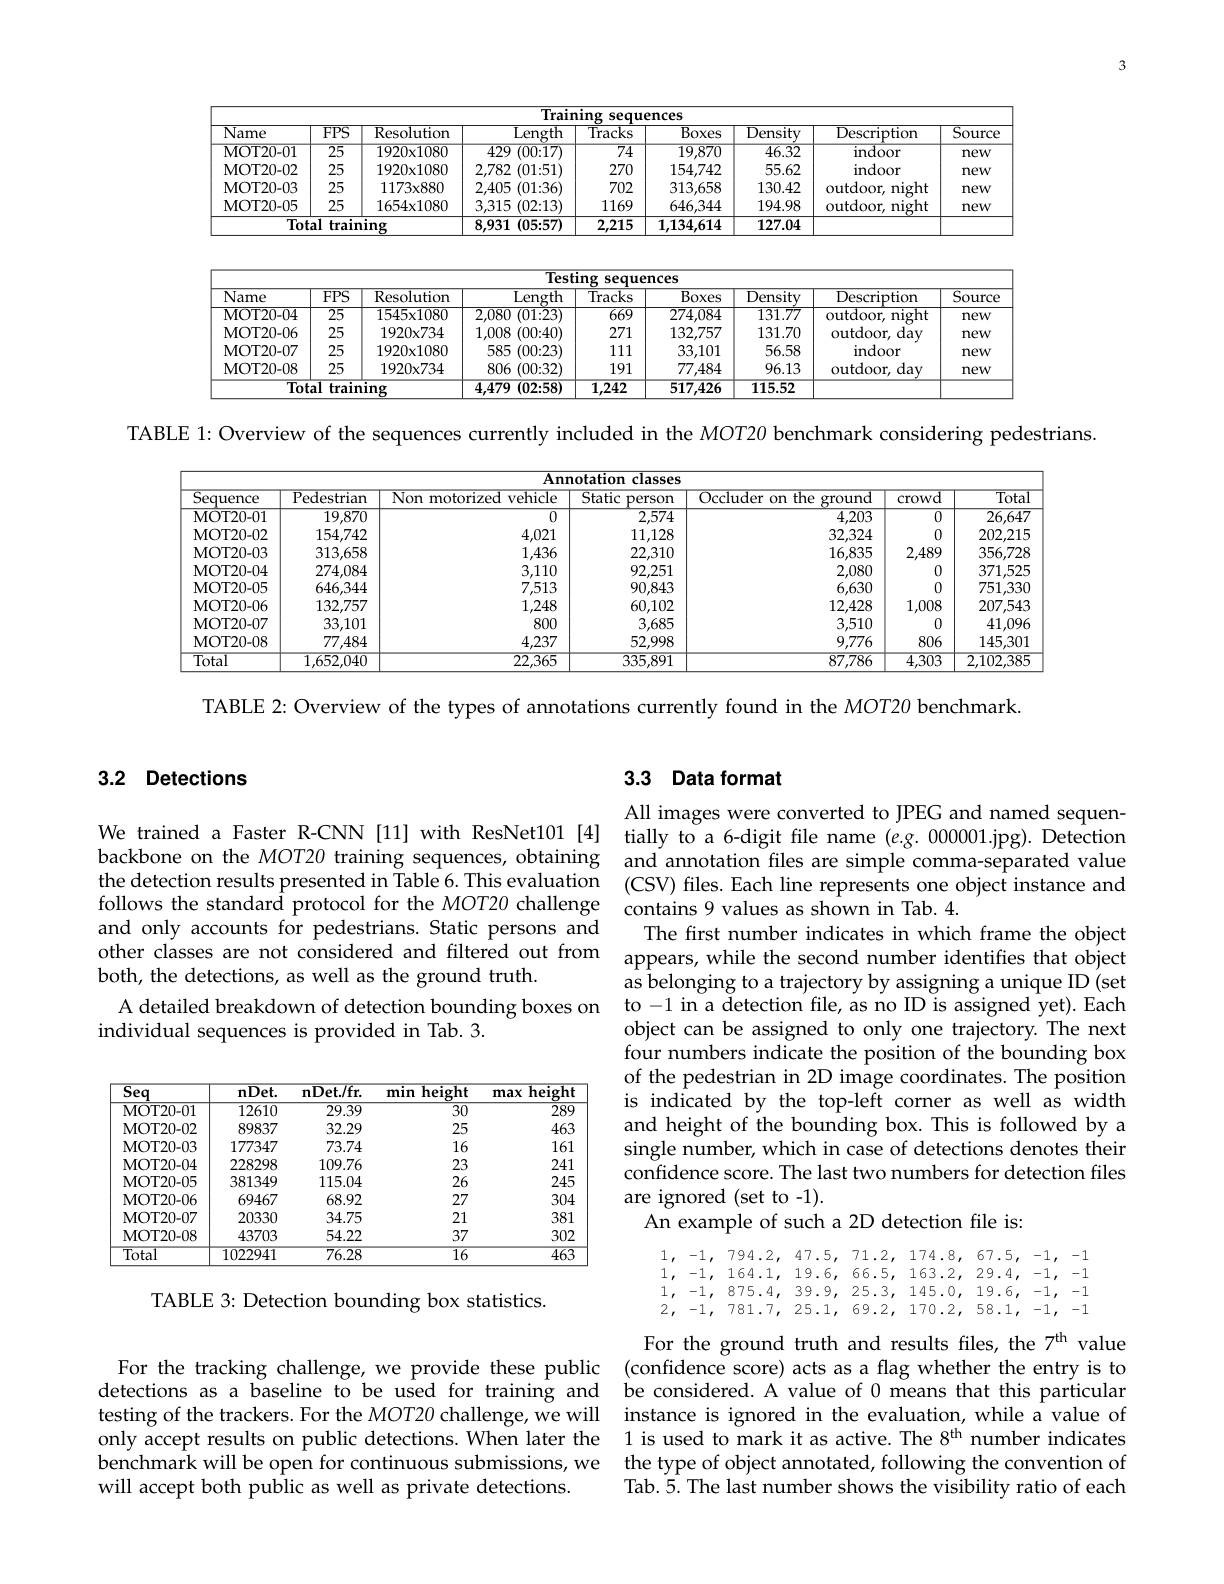
<table>
	<tbody>
		<tr>
			<th>$\overline{\text{Name}}$</th>
			<th>$\overline{FPS}$</th>
			<th>Resolution</th>
			<th>Length</th>
			<th>$\overline{\mathrm{Tracks}}$</th>
			<th>Boxes</th>
			<th>$\overline{\mathrm{Density}}$</th>
			<th>Description</th>
			<th>$\overline{{\mathrm{Source}}}$</th>
		</tr>
		<tr>
			<td>MOT20- 01</td>
			<td>$\overline{25}$</td>
			<td>$1920x1080$</td>
			<td>429 (00{:}17)</td>
			<td>$\overline{74}$</td>
			<td>19.870</td>
			<td>46.32</td>
			<td>$\overline{\mathrm{indoor}}$</td>
			<td>new</td>
		</tr>
		<tr>
			<td>MOT20- 02</td>
			<td>25</td>
			<td>$1920x1080$</td>
			<td>2,782 (01:51)</td>
			<td>270</td>
			<td>154,742</td>
			<td>55.62</td>
			<td>$\operatorname{indoor}$</td>
			<td>new</td>
		</tr>
		<tr>
			<td>MOT20- 03</td>
			<td>25</td>
			<td>$1173x880$</td>
			<td>2,405 (01:36)</td>
			<td>702</td>
			<td>313,658</td>
			<td>130.42</td>
			<td>outdoor, night</td>
			<td>new</td>
		</tr>
		<tr>
			<td>MOT20- 05</td>
			<td>25</td>
			<td>$1654x1080$</td>
			<td>3,315 (02{:}13)</td>
			<td>1169</td>
			<td>646,344</td>
			<td>194.98</td>
			<td>outdoor, night</td>
			<td>new</td>
		</tr>
		<tr>
			<td colspan="3">${\mathbf{l}}$ training Total</td>
			<td>8,931 (05:57)</td>
			<td>2,215</td>
			<td>1,134,614</td>
			<td>127.04</td>
			<td> </td>
			<td> </td>
		</tr>
	</tbody>
</table>

<table>
	<tbody>
		<tr>
			<th>$\overline{\text{Name}}$</th>
			<th>$\overline{FPS}$</th>
			<th>Resolution</th>
			<th>Length</th>
			<th>${\mathrm{Tracks}}$</th>
			<th>$\overline{\text{Boxes}}$</th>
			<th>$\overline{\mathrm{Density}}$</th>
			<th>Description</th>
			<th>$Sourc\epsilon$</th>
		</tr>
		<tr>
			<td>MOT20- 04</td>
			<td>$\overline{25}$</td>
			<td>$1545x1080$</td>
			<td>2,080 (01{:}23)</td>
			<td>$\overline{669}$</td>
			<td>274,084</td>
			<td>131.77</td>
			<td>outdoor, night</td>
			<td>new</td>
		</tr>
		<tr>
			<td>MOT20- 06</td>
			<td>25</td>
			<td>$1920x734$</td>
			<td>1,008 (00:40)</td>
			<td>271</td>
			<td>132,757</td>
			<td>131.70</td>
			<td>outdoor. day</td>
			<td>new</td>
		</tr>
		<tr>
			<td>MOT20- 07</td>
			<td>25</td>
			<td>$1920x1080$</td>
			<td>585 (00:23)</td>
			<td>111</td>
			<td>33,101</td>
			<td>56.58</td>
			<td>$\operatorname{indoor}$</td>
			<td>new</td>
		</tr>
		<tr>
			<td>MOT20- 08</td>
			<td>25</td>
			<td>$1920x734$</td>
			<td>806 (00:32)</td>
			<td>191</td>
			<td>77,484</td>
			<td>96.13</td>
			<td>outdoor. o day</td>
			<td>new</td>
		</tr>
		<tr>
			<td colspan="3">Total ${\mathrm{training}}$</td>
			<td>4,479 (02:58)</td>
			<td>$\overline{1,242}$</td>
			<td>517,426</td>
			<td>115.52</td>
			<td> </td>
			<td> </td>
		</tr>
	</tbody>
</table>

TABLE 1: Overview of the sequences currently included in the MOT20 benchmark considering pedestrians.

<table>
	<tbody>
		<tr>
			<th colspan="8">$\overline{\text{Annotation classes}}$</th>
		</tr>
		<tr>
			<th>$\overline{{\mathrm{Sequence}}}$</th>
			<th>$\overline{{\mathrm{Pedestrian}}}$</th>
			<th>Non motorized</th>
			<th>${\mathrm{vehicle}}$</th>
			<th>Static person</th>
			<th>Occluder on the ground</th>
			<th>crowd</th>
			<th>$\overline{\mathrm{Tota}}$</th>
		</tr>
		<tr>
			<td>MOT20- 01</td>
			<td>19.870</td>
			<td> </td>
			<td>$\overline{0}$</td>
			<td>2,574</td>
			<td>4,203</td>
			<td>$\overline{0}$</td>
			<td>26,647</td>
		</tr>
		<tr>
			<td>MOT20- 02</td>
			<td>154,742</td>
			<td> </td>
			<td>4,021</td>
			<td>11,128</td>
			<td>32,324</td>
			<td>0</td>
			<td>202,215</td>
		</tr>
		<tr>
			<td>MOT20- 03</td>
			<td>313,658</td>
			<td> </td>
			<td>1,436</td>
			<td>22,310</td>
			<td>16,835</td>
			<td>2,489</td>
			<td>356,728</td>
		</tr>
		<tr>
			<td>MOT20- 04</td>
			<td>274,084</td>
			<td> </td>
			<td>3,110</td>
			<td>92,251</td>
			<td>2,080</td>
			<td>0</td>
			<td>371,525</td>
		</tr>
		<tr>
			<td>MOT20- 05</td>
			<td>646,344</td>
			<td> </td>
			<td>7,513</td>
			<td>90,843</td>
			<td>6,630</td>
			<td>0</td>
			<td>751,330</td>
		</tr>
		<tr>
			<td>MOT20- 06</td>
			<td>132,757</td>
			<td> </td>
			<td>1,248</td>
			<td>60,102</td>
			<td>12,428</td>
			<td>1,008</td>
			<td>207,543</td>
		</tr>
		<tr>
			<td>MOT20- 07</td>
			<td>33,101</td>
			<td> </td>
			<td>800</td>
			<td>3,685</td>
			<td>3,510</td>
			<td>0</td>
			<td>$41,09\epsilon$</td>
		</tr>
		<tr>
			<td>MOT20- 08</td>
			<td>77,484</td>
			<td> </td>
			<td>4,237</td>
			<td>52,998</td>
			<td>9,776</td>
			<td>806</td>
			<td>145,301</td>
		</tr>
		<tr>
			<td>Total</td>
			<td>1,652,040</td>
			<td> </td>
			<td>22,365</td>
			<td>335,891</td>
			<td>87,786</td>
			<td>$\overline{4,303}$</td>
			<td>2,102,38</td>
		</tr>
	</tbody>
</table>

TABLE 2: Overview of the types of annotations currently found in the MOT20 benchmark.

## 3.2 Detections

We trained a Faster R-CNN[11] with ResNet101[4] tially to a 6-digit file name(e.g.000001,jpg). Detection backbone on the MOT20 training sequences, obtaining and annotation files are simple comma-separated value the detection results presented in Table 6. This evaluation (CSV) files. Each line represents one object instance and follows the standard protocol for the MOT20 challenge contains 9 values as shown in Tab. 4.
and only accounts for pedestrians. Static persons and
other classes are not considered and filtered out from appears, while the second number identifies that object
both, the detections, as well as the ground truth.
A detailed breakdown of detection bounding boxes on to -1 in a detection file, as no ID is assigned yet). Each
individual sequences is provided in Tab. 3.

<table>
	<tbody>
		<tr>
			<th>$\overline{\mathbf{Seq}}$</th>
			<th>$\mathbf{nDet}.$</th>
			<th>$\mathbf{nDet}/$fr.</th>
			<th>min ${\mathbf{height}}$</th>
			<th>$\mathbf{height}$ max</th>
		</tr>
		<tr>
			<td>MOT20- 01</td>
			<td>12610</td>
			<td>29.39</td>
			<td>$\overline{30}$</td>
			<td>289</td>
		</tr>
		<tr>
			<td>MOT20- 02</td>
			<td>89837</td>
			<td>32.29</td>
			<td>25</td>
			<td>463</td>
		</tr>
		<tr>
			<td>MOT20- 03</td>
			<td>177347</td>
			<td>73.74</td>
			<td>16</td>
			<td>161</td>
		</tr>
		<tr>
			<td>MOT20- 04</td>
			<td>228298</td>
			<td>109.76</td>
			<td>23</td>
			<td>241</td>
		</tr>
		<tr>
			<td>MOT20- 05</td>
			<td>381349</td>
			<td>115.04</td>
			<td>26</td>
			<td>245</td>
		</tr>
		<tr>
			<td>MOT20- 06</td>
			<td>69467</td>
			<td>68.92</td>
			<td>27</td>
			<td>304</td>
		</tr>
		<tr>
			<td>MOT20- 07</td>
			<td>20330</td>
			<td>34.75</td>
			<td>21</td>
			<td>381</td>
		</tr>
		<tr>
			<td>MOT20- 08</td>
			<td>43703</td>
			<td>54.22</td>
			<td>37</td>
			<td>302</td>
		</tr>
		<tr>
			<td>$\overline{\text{Total}}$</td>
			<td>1022941</td>
			<td>$\overline{76.28}$</td>
			<td>16</td>
			<td>463</td>
		</tr>
	</tbody>
</table>

TABLE 3: Detection bounding box statistics.

will accept both public as well as private detections.

## 3.3 Data format

All images were converted to JPEG and named sequenThe first number indicates in which frame the object as belonging to a trajectory by assigning a unique ID (set object can be assigned to only one trajectory. The next four numbers indicate the position of the bounding box of the pedestrian in 2D image coordinates. The position is indicated by the top-left corner as well as width and height of the bounding box. This is followed by a single number, which in case of detections denotes their confidence score. The last two numbers for detection files are ignored (set to -1).
An example of such a 2D detection file is:
$$1,\:-1,\:794.2,\:47.5,\:71.2,\:174.8,\:67.5,\:-1,\:-1\\1,\:-1,\:164.1,\:19.6,\:66.5,\:163.2,\:29.4,\:-1,\:-1\\1,\:-1,\:875.4,\:39.9,\:25.3,\:145.0,\:19.6,\:-1,\:-1\\2,\:-1,\:781.7,\:25.1,\:69.2,\:170.2,\:58.1,\:-1,\:-1$$
For the ground truth and results files, the 7'th value
For the tracking challenge, we provide these public (confidence score) acts as a flag whether the entry is to detections as a baseline to be used for training and be considered. A'value of 0 means that this particular testing of the trackers. For the MOT20 challenge, we will instance is ignored in the evaluation, while a value of only accept results on public detections. When later the 1 is used to mark it as active. The 8$^\mathrm{th}$ number indicates benchmark will be open for continuous submissions, we the type of object annotated, following the convention of
Tab.5. The last number shows the visibility ratio of each